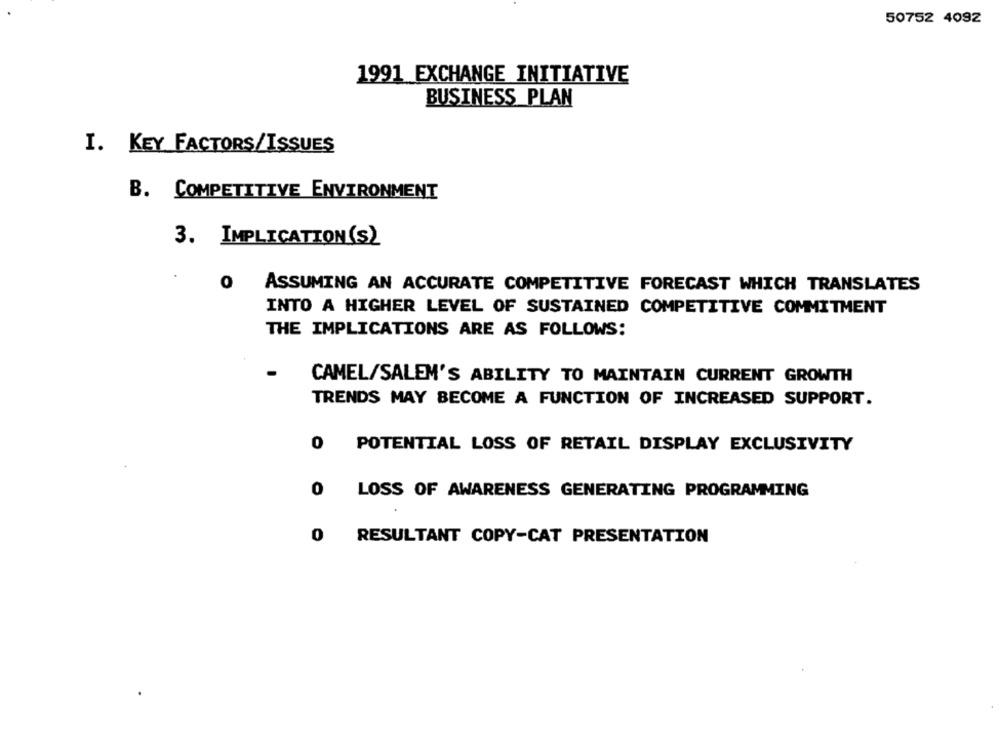
50752 4092
1991 EXCHANGE INITIATIVE
BUSINESS PLAN
I. KEY FACTORS/ISSUES
B. COMPETITIVE ENVIRONMENT
3. IMPLICATION(S)
O ASSUMING AN ACCURATE COMPETITIVE FORECAST WHICH TRANSLATES
INTO A HIGHER LEVEL OF SUSTAINED COMPETITIVE COMMITMENT
THE IMPLICATIONS ARE AS FOLLOWS:
CAMEL/SALEM'S ABILITY TO MAINTAIN CURRENT GROWTH
TRENDS MAY BECOME A FUNCTION OF INCREASED SUPPORT.
0
POTENTIAL LOSS OF RETAIL DISPLAY EXCLUSIVITY
0 LOSS OF AWARENESS GENERATING PROGRAMMING
0
RESULTANT COPY-CAT PRESENTATION